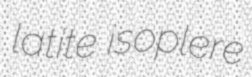
latite isoplere